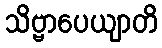
သိဗ္ဗာပေယျာတိ